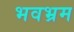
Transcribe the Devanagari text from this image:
भवभ्रम